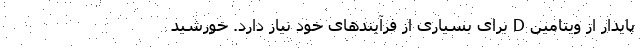
پایدار از ویتامین D برای بسیاری از فرآیندهای خود نیاز دارد. خورشید